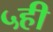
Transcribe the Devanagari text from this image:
५ही